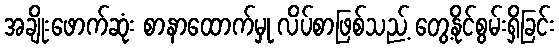
အချိုးဖောက်ဆုံး စာနာထောက်မှု လိပ်စာဖြစ်သည့် တွေ့နိုင်စွမ်းရှိခြင်း